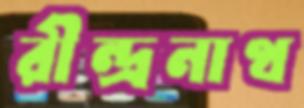
রীন্দ্রনাথ